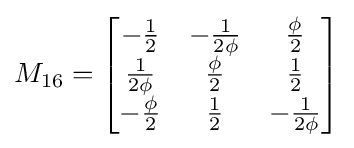
M_{16}={\begin{bmatrix}-{\frac {1}{2}}&-{\frac {1}{2\phi }}&{\frac {\phi }{2}}\\{\frac {1}{2\phi }}&{\frac {\phi }{2}}&{\frac {1}{2}}\\-{\frac {\phi }{2}}&{\frac {1}{2}}&-{\frac {1}{2\phi }}\end{bmatrix}}